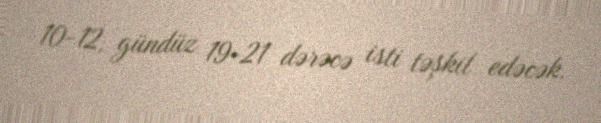
10-12, gündüz 19-21 dərəcə isti təşkil edəcək.